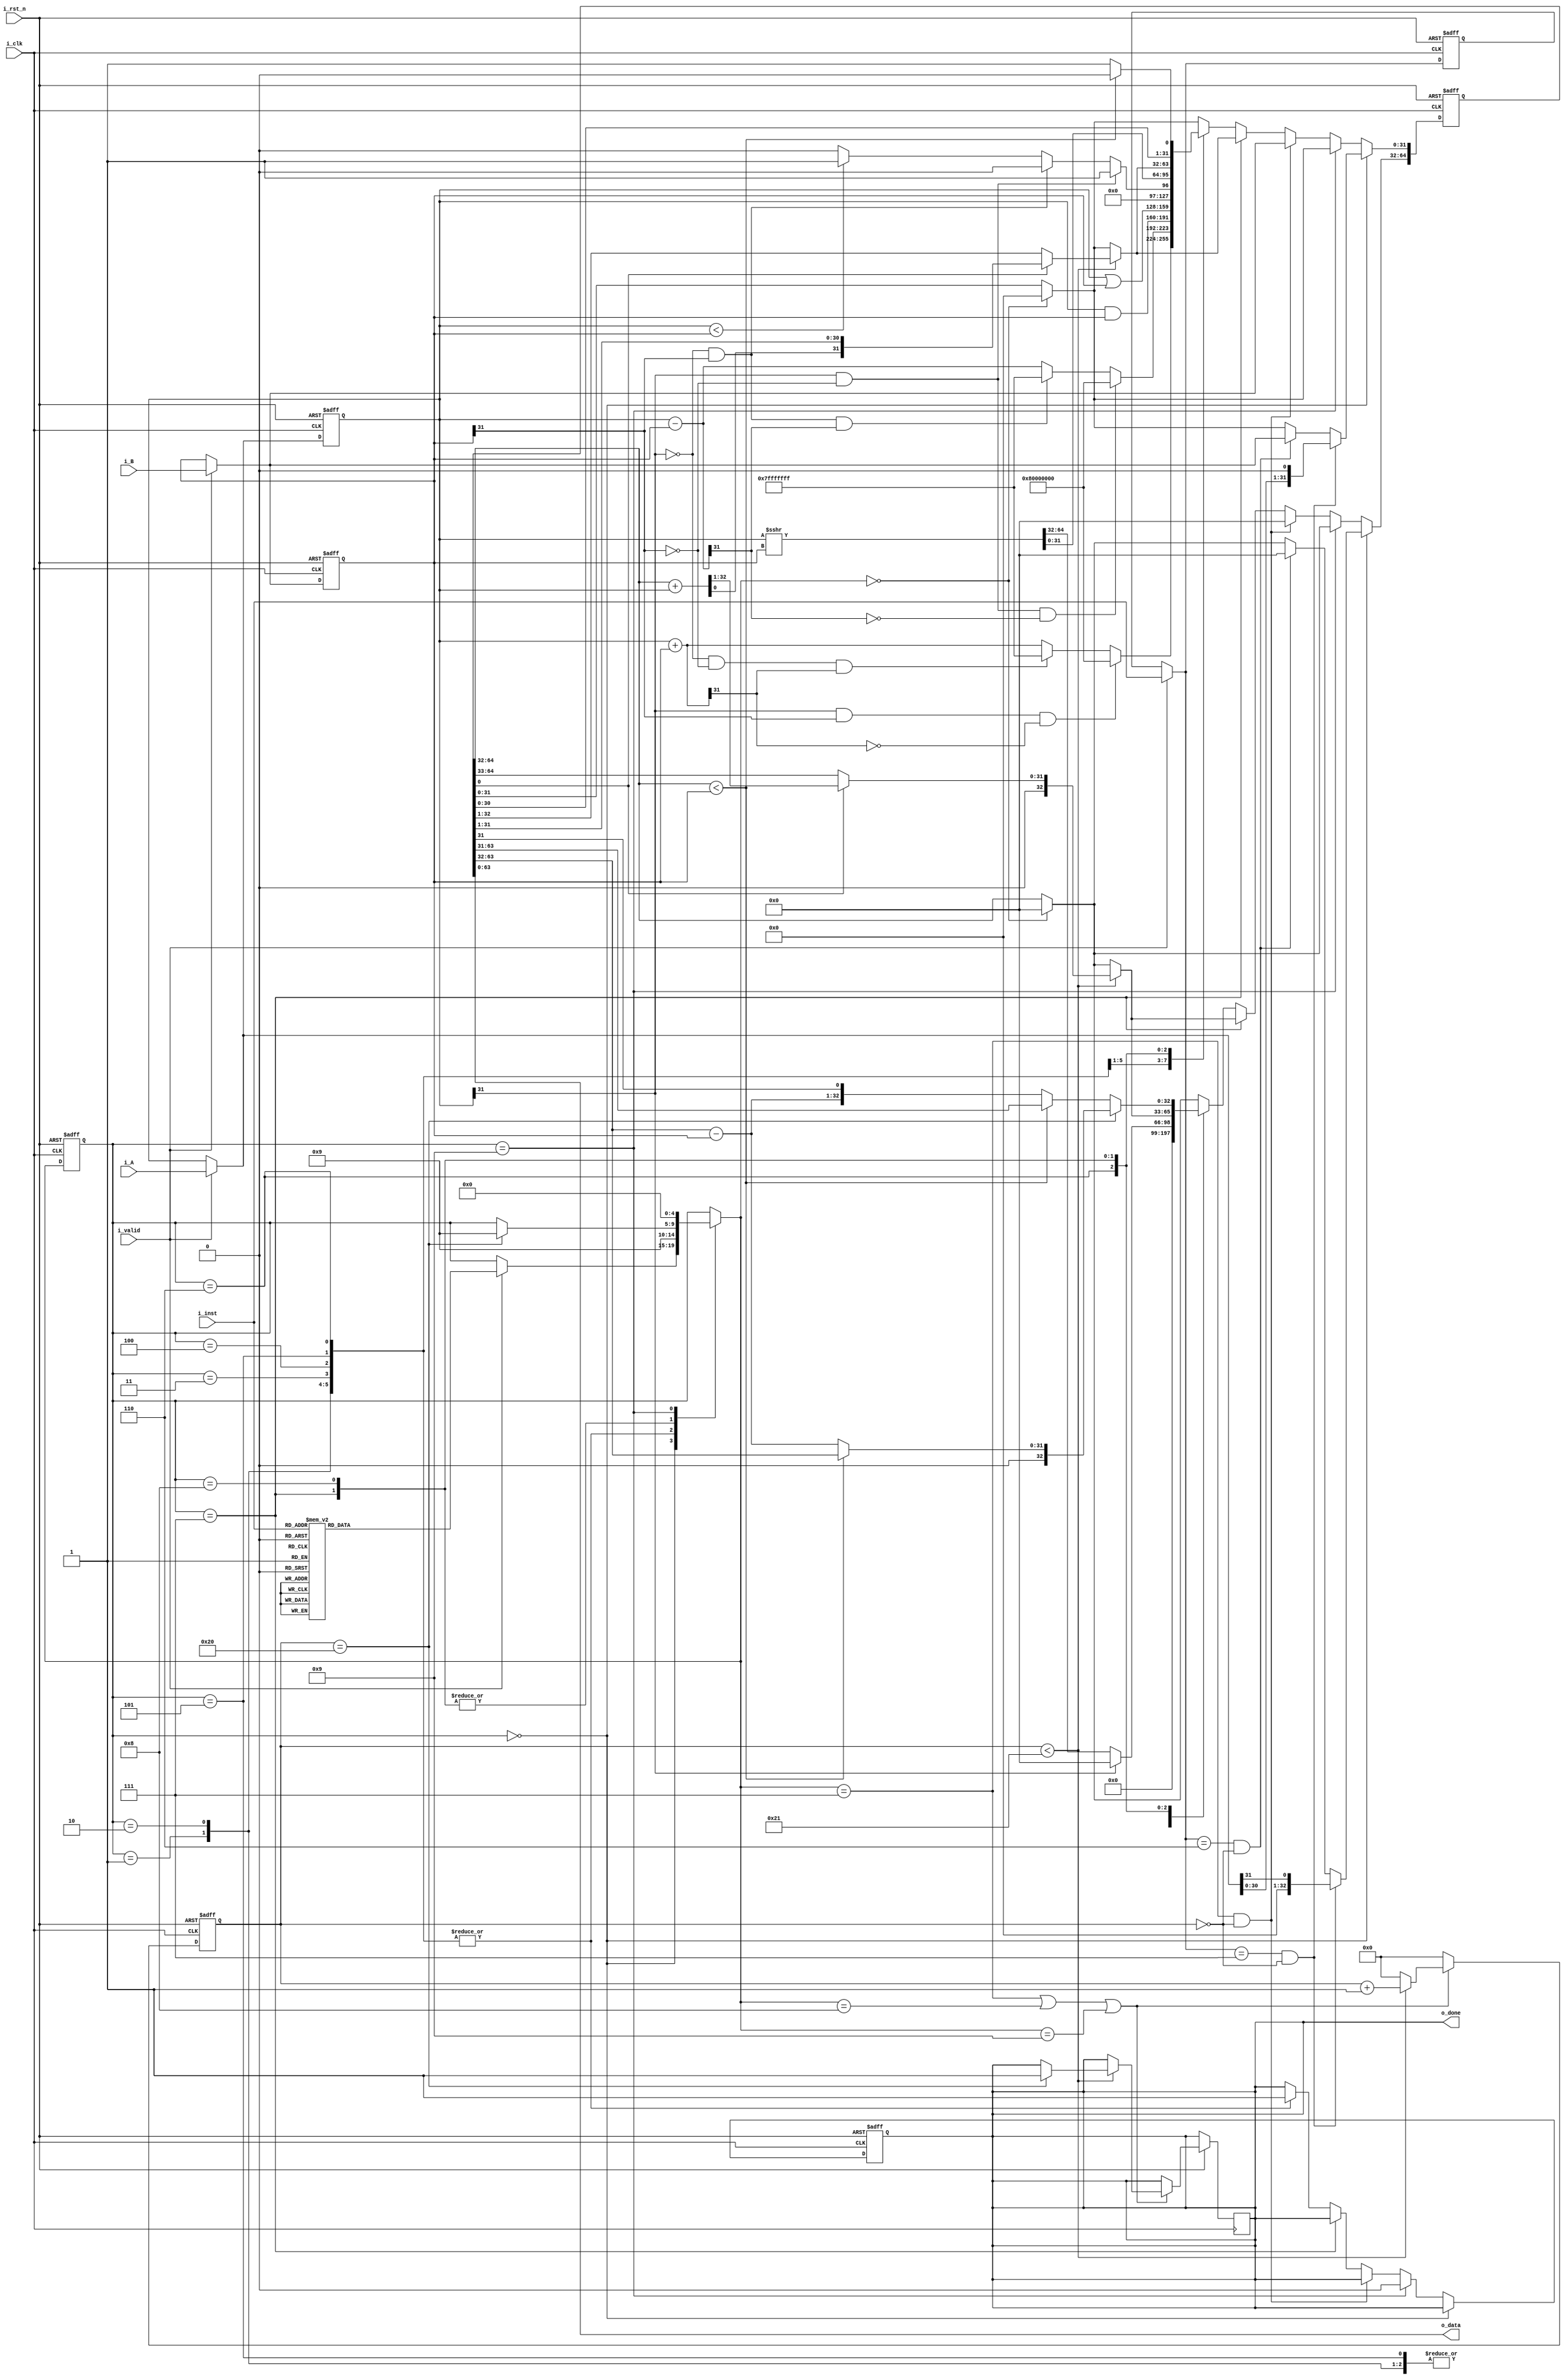
module ALU #(
    parameter DATA_W = 32
)
(
    input                       i_clk,   // clock
    input                       i_rst_n, // reset

    input                       i_valid, // input valid signal
    input [DATA_W - 1 : 0]      i_A,     // input operand A
    input [DATA_W - 1 : 0]      i_B,     // input operand B
    input [         2 : 0]      i_inst,  // instruction

    output [2*DATA_W-1  : 0]   o_data,  // output value
    output                      o_done   // output valid signal
);
// Do not Modify the above part !!!

// Parameters
    // ======== choose your FSM style ==========
    // 1. FSM based on operation cycles
    //parameter S_IDLE           = 2'd0;
    //parameter S_ONE_CYCLE_OP   = 2'd1;
    //parameter S_MULTI_CYCLE_OP = 2'd2;
    // 2. FSM based on operation modes
     parameter S_IDLE = 4'd0;
     parameter S_ADD  = 4'd1;
     parameter S_SUB  = 4'd2;
     parameter S_AND  = 4'd3;
     parameter S_OR   = 4'd4;
     parameter S_SLT  = 4'd5;
     parameter S_SRA  = 4'd6;
     parameter S_MUL  = 4'd7;
     parameter S_DIV  = 4'd8;
     parameter S_OUT  = 4'd9;

// Wires & Regs
    // Todo
    // state
    reg  [         4: 0] state, state_nxt; // remember to expand the bit width if you want to add more states!
    // load input
    reg  [  DATA_W-1: 0] operand_a, operand_a_nxt;
    reg  [  DATA_W-1: 0] operand_b, operand_b_nxt;
    reg  [         2: 0] inst, inst_nxt;
    reg [64:0] outp;  
    reg [6: 0] counter;
    reg done;
    reg [32:0]add1;
    reg [32:0]sub1;
    reg [64:0] mul1,mul2, mul3;
    reg [64:0] div1,div2,div3,div4,div5,div6;

    parameter ADD = 3'd0;
    parameter SUB = 3'd1;
    parameter AND = 3'd2;
    parameter OR = 3'd3;
    parameter SLT = 3'd4;
    parameter SRA = 3'd5;
    parameter MUL = 3'd6;
    parameter DIV = 3'd7;
    
// Wire Assignments
    // Todo
    
// Always Combination
    // load input
    always @(*) begin
        if (i_valid) begin
            operand_a_nxt = i_A;
            operand_b_nxt = i_B;
            inst_nxt      = i_inst;
        end
        else begin
            operand_a_nxt = operand_a;
            operand_b_nxt = operand_b;
            inst_nxt      = inst;
        end
    end
    // Todo: FSM
    always @(*) begin
        state_nxt = state;
        case(state)
            S_IDLE  :
                if (i_valid) begin
                    case(i_inst)    
                        ADD : state_nxt = S_ADD;
                        SUB : state_nxt = S_SUB;
                        AND : state_nxt = S_AND;
                        OR : state_nxt = S_OR;
                        SLT : state_nxt = S_SLT;
                        SRA : state_nxt = S_SRA;
                        MUL : state_nxt = S_MUL;
                        DIV : state_nxt = S_DIV;
                        default : state_nxt = state;
                    endcase
                end
            S_ADD  : state_nxt = S_OUT;
            S_SUB  : state_nxt = S_OUT;
            S_AND  : state_nxt = S_OUT;
            S_OR   : state_nxt = S_OUT;
            S_SLT  : state_nxt = S_OUT;
            S_SRA  : state_nxt = S_OUT;
            S_MUL  : if (counter == 32) 
                        state_nxt = S_OUT;
            S_DIV  : if (counter == 32)
                        state_nxt = S_OUT;
            S_OUT  : state_nxt = S_IDLE;
            default : state_nxt = state;
        endcase
    end
    // Todo: Counter
    always @(posedge i_clk or negedge i_rst_n) begin
        if (!i_rst_n) begin
            counter <= 0;
            end
        else begin
            if (state_nxt == S_MUL || state_nxt == S_DIV || state_nxt ==S_OUT) begin
                if(counter <33) begin
                    counter <= counter + 1;
                    if(counter==32) done <= 1;
                end 
                else counter <= 0;
            end
            else counter <= 0;
        end
    end
    // Todo: ALU output
    assign o_data = outp;
    assign o_done = done;
    

    always @(*) begin               
        mul1 = outp >> 1;       
    end
    
    always @(*) begin
        mul2 = {(outp[64:32]+operand_a),outp[31:0]};
        mul3 = mul2 >> 1;
    end

    always @(*) begin
        div1 = outp << 1;
        div2 = {div1[64: 33], div1[31: 0]};
    end

    always @(*) begin
        div3 = {outp[64:32] - operand_b, outp[31:0]};
        div4 = div3 << 1;
        div5 = {div4[64:1],1'b1};
        div6 = {div5[64:33],div5[31:0]};
    end

    always @(*) begin
        add1 = operand_a + operand_b;
    end

    always @(*) begin
        sub1 = operand_a - operand_b;
    end

    always @(posedge i_clk or negedge i_rst_n) begin
        if (!i_rst_n) begin
            outp <= 0;
            done <= 0;
            end
        else begin
            if(state_nxt==S_IDLE) outp <= 0;
            
            if(state==S_IDLE) begin
                // done <=0;
                if(inst_nxt==MUL && counter==0) begin
                    outp[31:0] <= operand_b_nxt;
                    outp[64:32] <= 33'h0;
                end
                if(inst_nxt==DIV && counter==0) outp <= operand_a_nxt << 1;
            end
            else if(state==S_OUT) done <= 0;
            else if(state_nxt==S_MUL && counter==0) outp <= operand_b_nxt;
            else if(state==S_MUL) begin
                if (counter < 33) begin
                    if(outp[0] == 0) 
                        outp <= mul1;
                    else outp <= mul3;    
                end
                
            end
            // else if(state==S_DIV) begin

            // end
            else begin
                case (state)
                    S_ADD : begin
                        if (operand_a[31] == 1'd1 && operand_b[31] == 1'd1 && add1[31] == 0) 
                            outp <= 64'h80000000;
                        else if (operand_a[31] == 0 && operand_b[31] == 0 && add1[31] == 1'd1)
                            outp <= 64'h7fffffff; 
                        else
                            outp <= add1[31:0];
                        done <= 1;
                    end
                    S_SUB : begin
                        if (operand_a[31] == 1 && operand_b[31] == 0 && sub1[31] == 0) 
                            outp <= 64'h80000000;
                        else if (operand_a[31] == 0 && operand_b[31] == 1 && sub1[31] == 1)
                            outp <= 64'h7fffffff; 
                        else 
                            outp <= sub1[31:0];
                        done <= 1;
                    end

                    S_AND : begin 
                        outp <= operand_a & operand_b; 
                        done <= 1;
                    end

                    S_OR : begin
                        outp <= operand_a | operand_b; 
                        done <= 1; 
                    end

                    S_SLT : begin
                        if (operand_a[31] == 1 && operand_b[31] == 0)
                            outp <= 32'b1;
                        else if (operand_a[31] == 0 && operand_b[31] == 1)
                            outp <= 32'b0;
                        else
                            outp <= (operand_a < operand_b) ? 32'b1 : 32'b0; 
                        done <= 1;
                    end
                    S_SRA : begin
                        if (operand_a[31] == 1) begin
                            outp <= $signed(operand_a)>>>operand_b;
                            outp[64:32] <= 33'h0;
                            end
                        else 
                            outp <= $signed(operand_a)>>>operand_b;
                        done <= 1;
                    end
                    S_MUL : begin
                        if (counter < 33) begin
                            if(outp[0] == 0) 
                                outp <= mul1;
                            else outp <= mul3;    
                        end
                    end

                    S_DIV : begin
                        if (counter == 32) begin
                            if(outp[64:32] < operand_b) 
                                outp <= div2;
                            else outp <= div6;    
                        end
                        else begin
                            if(outp[64:32] < operand_b) 
                                outp <= div1;
                            else outp <= div5;
                        end

                    end
                    

                endcase
                    // done <= 1;
                end
            end
    end
    // Todo: output valid signal

    // Todo: Sequential always block
    always @(posedge i_clk or negedge i_rst_n) begin
        if (!i_rst_n) begin
            state       <= S_IDLE;
            operand_a   <= 0;
            operand_b   <= 0;
            inst        <= 0;
        end
        else begin
            state       <= state_nxt;
            operand_a   <= operand_a_nxt;
            operand_b   <= operand_b_nxt;
            inst        <= inst_nxt;
        end
    end

endmodule